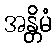
အန္တိမံ